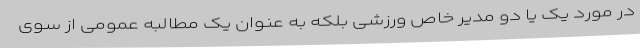
در مورد یک یا دو مدیر خاص ورزشی بلکه به عنوان یک مطالبه عمومی از سوی